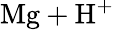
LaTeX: \mathrm{Mg+H^{+}}